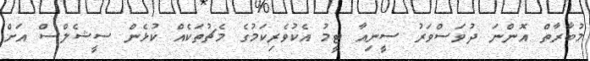
މުބާރާތް އޮންނަ ދުވަސްވަރު ސީނިއާ ޓީމު އެކުވެރިކަމުގެ މެޗުތަކެއް ކުޅެން ސީޝެލްސް އަށް